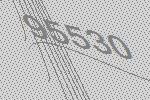
95530